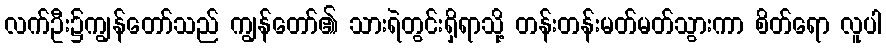
လက်ဦး၌ကျွန်တော်သည် ကျွန်တော်၏ သားရဲတွင်းရှိရာသို့ တန်းတန်းမတ်မတ်သွားကာ စိတ်ရော လူပါ